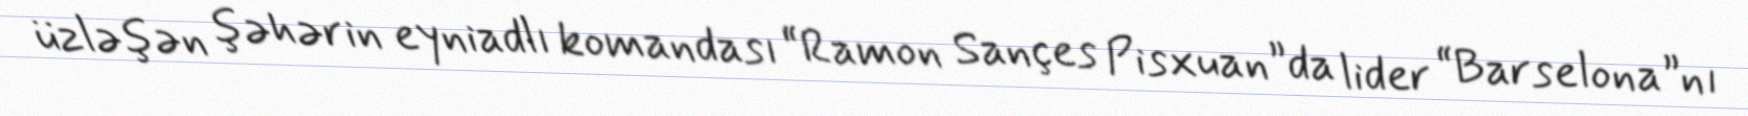
üzləşən şəhərin eyniadlı komandası “Ramon Sançes Pisxuan”da lider “Barselona”nı